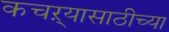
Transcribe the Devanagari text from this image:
कचऱ्यासाठीच्या